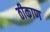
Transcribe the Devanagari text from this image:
ठीकाण